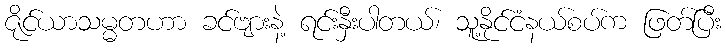
ဇိုင်ယာသမ္မတဟာ ခင်ဗျားနဲ့ ရင်းနှီးပါတယ်၊ သူ့နိုင်ငံနယ်စပ်က ဖြတ်ပြီး